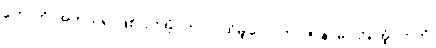
ဟောတိ၊ အကယ်၍ ဖြစ်ငြားအံ့။ တာဝ၊ ထိုမျှလောက်။ ဇာနာမိ၊ သိရအံ့။ ဣတိ၊